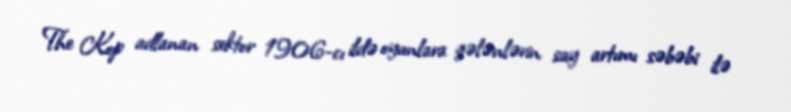
The Kop adlanan sektor 1906-cı ildə oyunlara gələnlərin say artımı səbəbi ilə